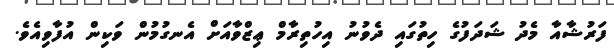
ފަރުޝާއާ މެދު ޝަދަފުގެ ހިތުގައި ދެވުނު އިހުތިރާމް ޢިޒްވާއަށް އެނގުމުން ވަކިން އުފާވިއެވެ.